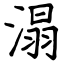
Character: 溻